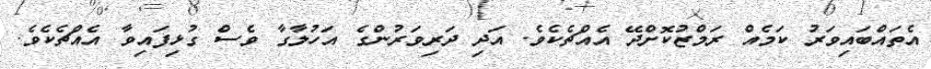
އެތައްބައިވަރު ކަމެއް ރަމްޒުކޮށްދޭ އެއްޗެކެވެ. އަދި ދަރިވަރުންގެ އަހުލާގާ ވެސް ގުޅިފައިވާ އެއްޗެކެވެ.